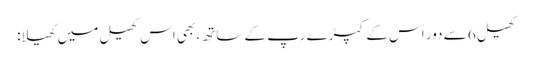
کھیل 6 سے دور اس کے کپڑے رپ کے ساتھ، بھی اس کھیل میں کھیلا: